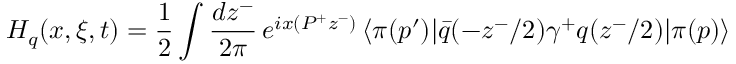
H _ { q } ( x , \xi , t ) = \frac { 1 } { 2 } \int \frac { d z ^ { - } } { 2 \pi } \, e ^ { i x ( P ^ { + } z ^ { - } ) } \, \langle \pi ( p ^ { \prime } ) | \bar { q } ( - z ^ { - } / 2 ) \gamma ^ { + } q ( z ^ { - } / 2 ) | \pi ( p ) \rangle